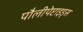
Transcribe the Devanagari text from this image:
पौलीपेप्टाइड्स